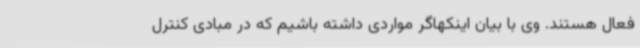
فعال هستند. وی با بیان اینکهاگر مواردی داشته باشیم که در مبادی کنترل